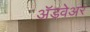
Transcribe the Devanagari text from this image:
अॅडवेअर